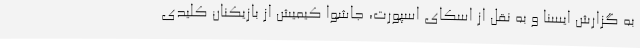
به گزارش ایسنا و به نقل از اسکای اسپورت، جاشوا کیمیش از بازیکنان کلیدی